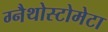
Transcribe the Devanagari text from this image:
ग्नैथोस्टोमेटा